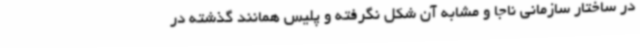
در ساختار سازمانی ناجا و مشابه آن شکل نگرفته و پلیس همانند گذشته در